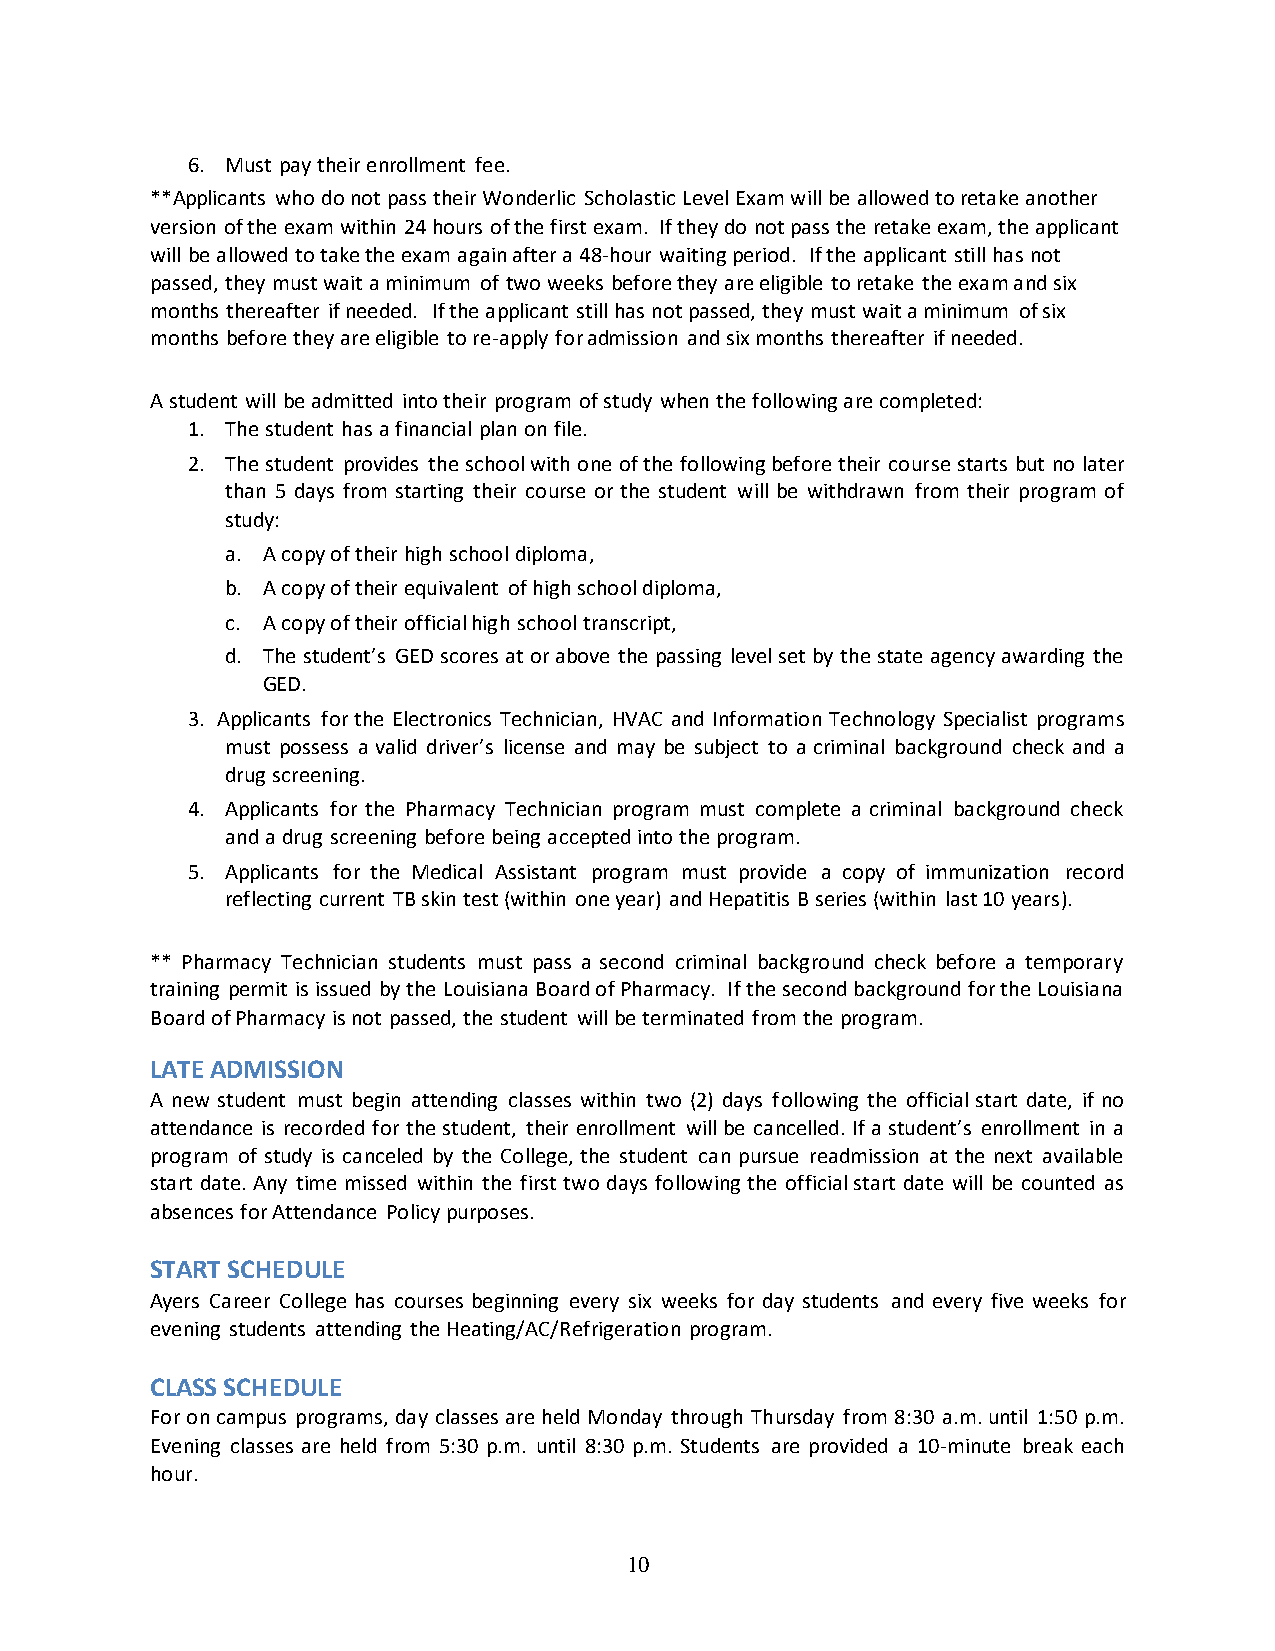
6. Must pay their enrollment fee.
 **Applicants who do not pass their Wonderlic Scholastic Level Exam will be allowed to retake another
 version of the exam within 24 hours of the first exam. If they do not pass the retake exam, the applicant
 will be allowed to take the exam again after a 48-hour waiting period. If the applicant still has not
 passed, they must wait a minimum of two weeks before they are eligible to retake the exam and six
 months thereafter if needed. If the applicant still has not passed, they must wait a minimum of six
 months before they are eligible to re-apply for admission and six months thereafter if needed.
 A student will be admitted into their program of study when the following are completed:
 1. The student has a financial plan on file.
 2. The student provides the school with one of the following before their course starts but no later
 than 5 days from starting their course or the student will be withdrawn from their program of
 study:
 a. A copy of their high school diploma,
 b. A copy of their equivalent of high school diploma,
 c. A copy of their official high school transcript,
 d. The student’s GED scores at or above the passing level set by the state agency awarding the
 GED.
 3. Applicants for the Electronics Technician, HVAC and Information Technology Specialist programs
 must possess a valid driver’s license and may be subject to a criminal background check and a
 drug screening.
 4. Applicants for the Pharmacy Technician program must complete a criminal background check
 and a drug screening before being accepted into the program.
 5. Applicants for the Medical Assistant program must provide a copy of immunization record
 reflecting current TB skin test (within one year) and Hepatitis B series (within last 10 years).
 ** Pharmacy Technician students must pass a second criminal background check before a temporary
 training permit is issued by the Louisiana Board of Pharmacy. If the second background for the Louisiana
 Board of Pharmacy is not passed, the student will be terminated from the program.
 LATE ADMISSION
 A new student must begin attending classes within two (2) days following the official start date, if no
 attendance is recorded for the student, their enrollment will be cancelled. If a student’s enrollment in a
 program of study is canceled by the College, the student can pursue readmission at the next available
 start date. Any time missed within the first two days following the official start date will be counted as
 absences for Attendance Policy purposes.
 START SCHEDULE
 Ayers Career College has courses beginning every six weeks for day students and every five weeks for
 evening students attending the Heating/AC/Refrigeration program.
 CLASS SCHEDULE
 For on campus programs, day classes are held Monday through Thursday from 8:30 a.m. until 1:50 p.m.
 Evening classes are held from 5:30 p.m. until 8:30 p.m. Students are provided a 10-minute break each
 hour.
 10